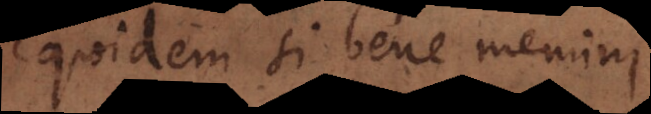
Equidem si bene memini